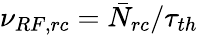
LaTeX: \nu_{RF,rc}=\bar{N}_{rc}/\tau_{th}